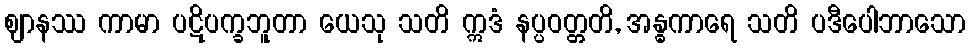
ဈာနဿ ကာမာ ပဋိပက္ခဘူတာ ယေသု သတိ ဣဒံ နပ္ပဝတ္တတိ, အန္ဓကာရေ သတိ ပဒီပေါဘာသော